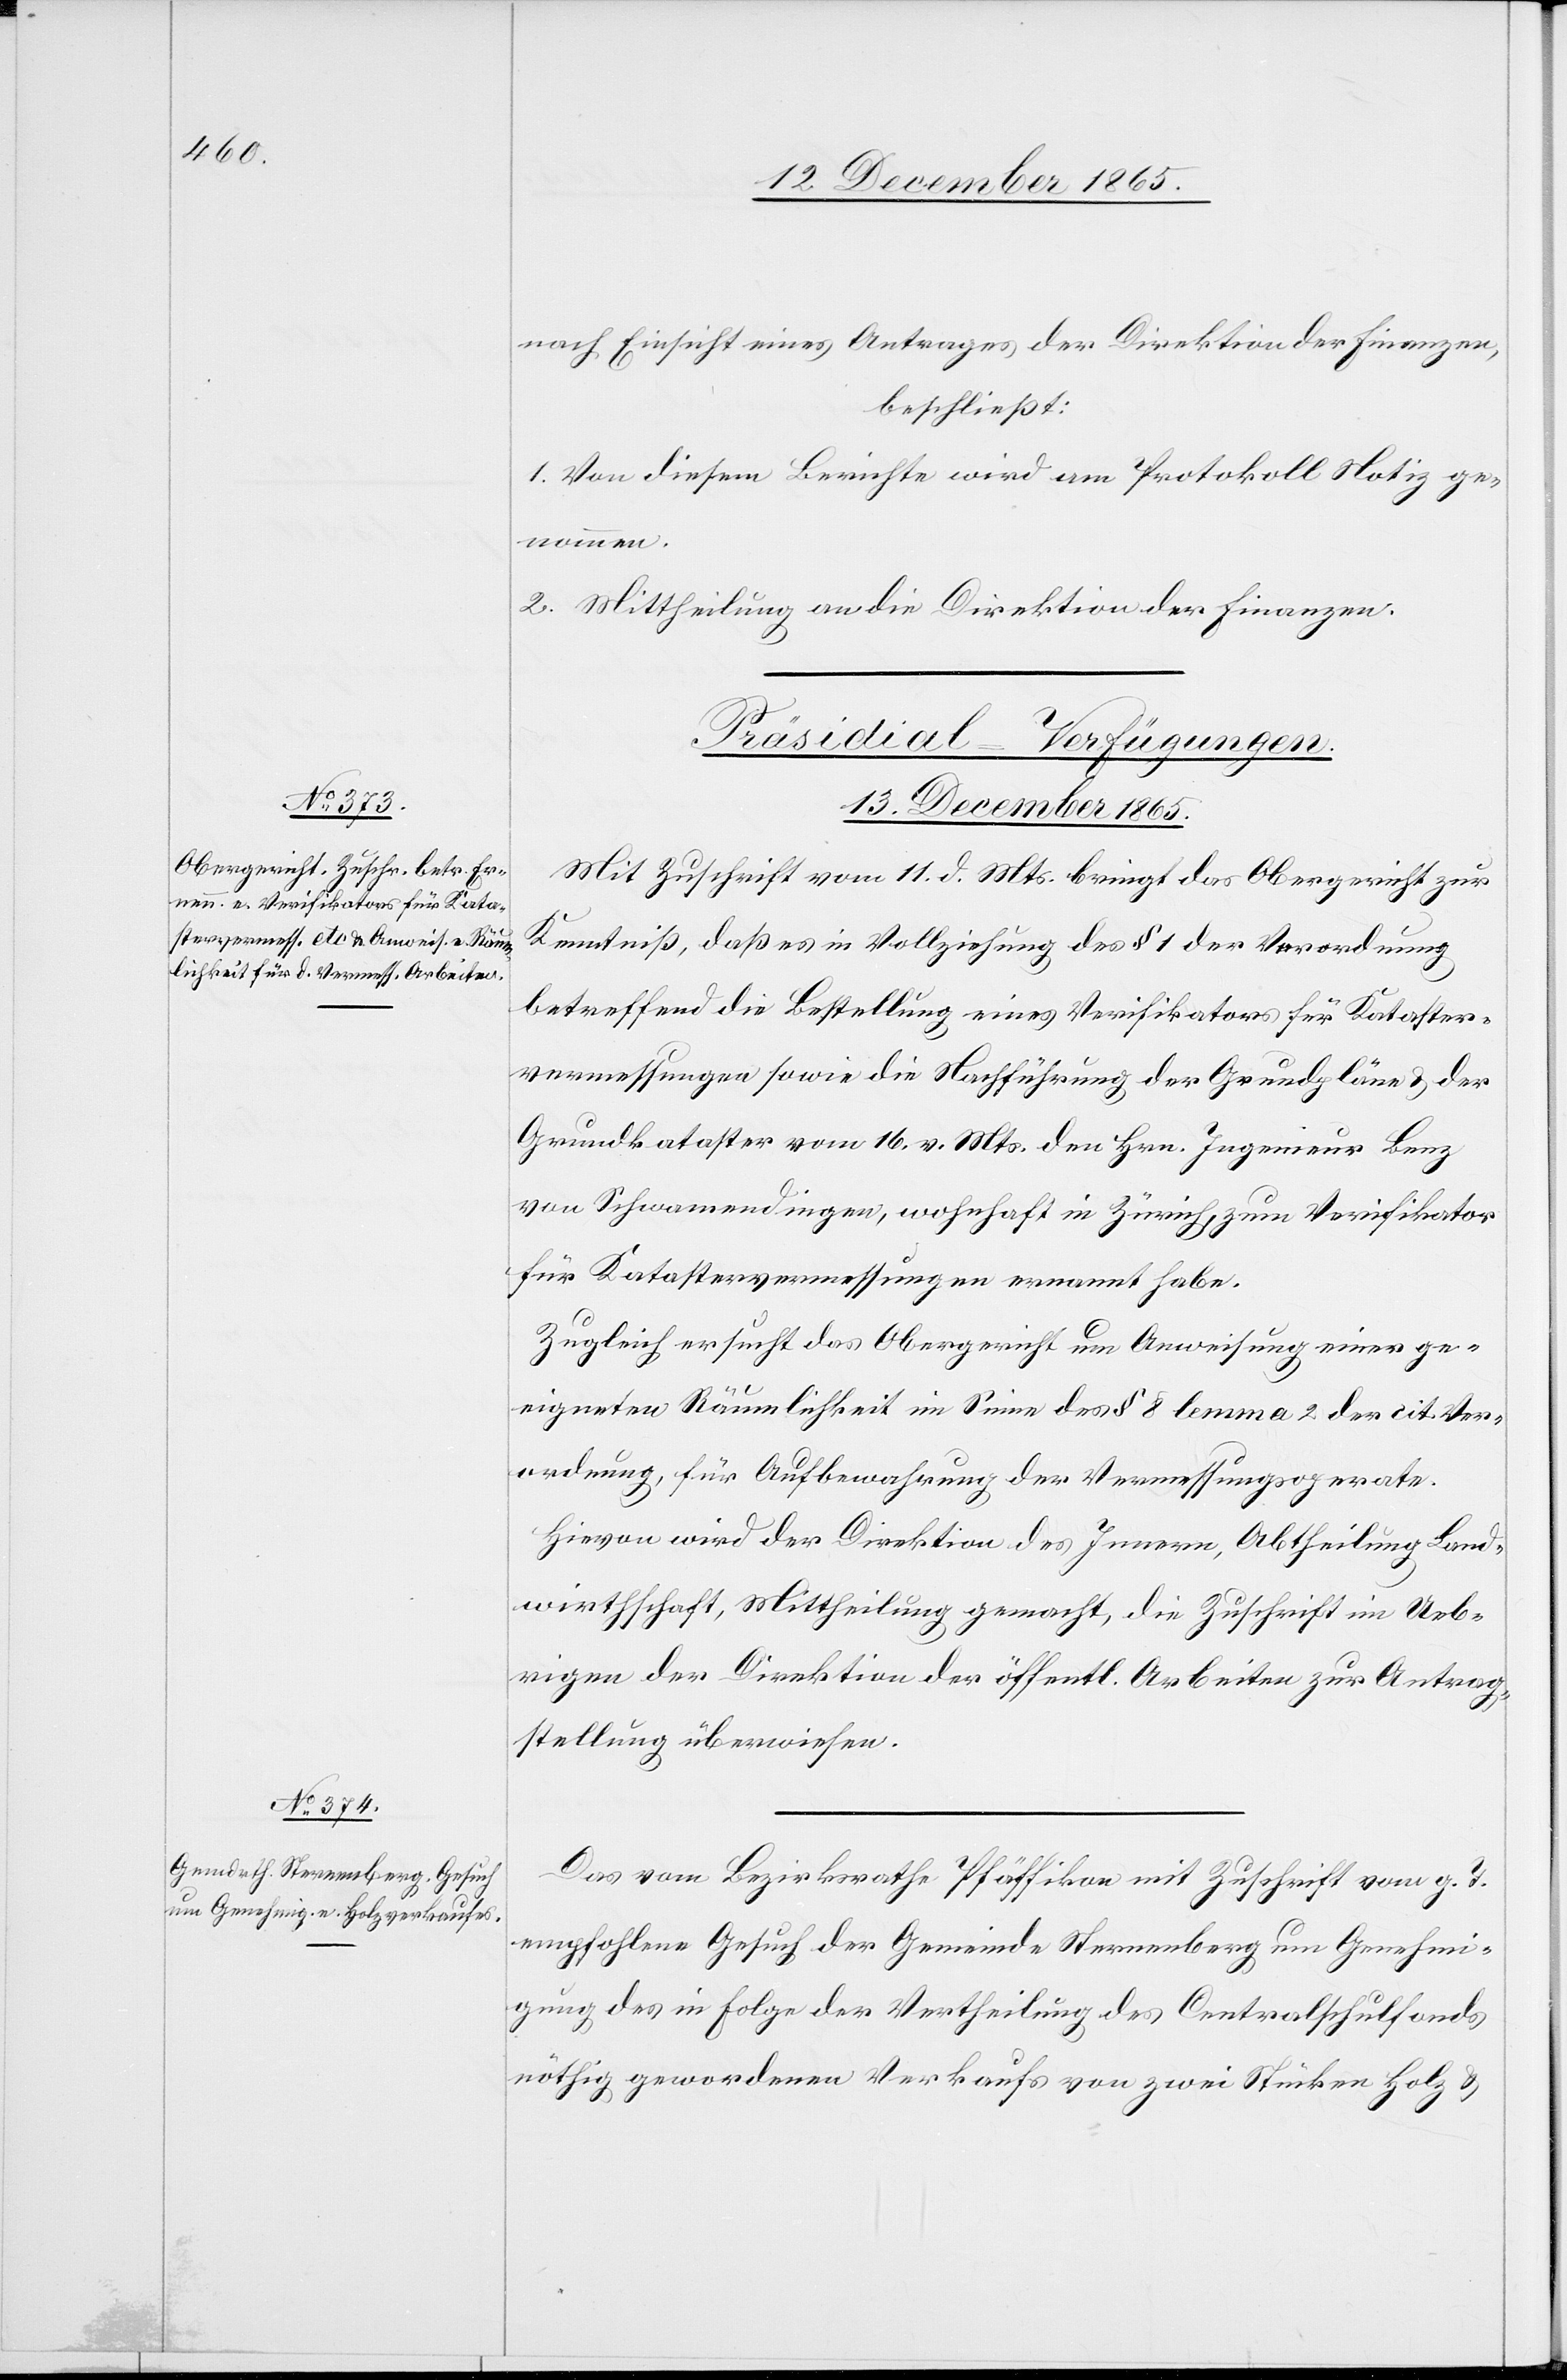
13. December 1865.]
nach Einsicht eines Antrages der Direktion der Finanzen,
beschließt:
1. Von diesem Berichte wird am Protokoll Notiz ge¬
nommen.
2. Mittheilung an die Direktion der Finanzen.
[Präsidial-Verfügungen.
Mit Zuschrift vom 11. d. Mts. bringt das Obergericht zur
Kenntniß, daß es in Vollziehung des § 1 der Verordnung
betreffend die Bestellung eines Verifikators für Kataster¬
vermessungen sowie die Nachführung der Grundpläne & der
Grundkataster vom 16. v. Mts. den Hrn. Ingenieur Benz
von Schwamendingen, wohnhaft in Zürich, zum Verifikator
für Katastervermessungen ernannt habe.
Zugleich ersucht das Obergericht um Anweisung einer ge¬
eigneten Räumlichkeit im Sinne des § 8 lemma 2 der cit. Ver¬
ordnung, für Aufbewahrung der Vermessungsapparate.
Hievon wird der Direktion des Innern, Abtheilung Land¬
wirthschaft, Mittheilung gemacht, die Zuschrift im Ueb¬
rigen der Direktion der öffentl. Arbeiten zur Antrag¬
stellung überwiesen.
Das vom Bezirksrathe Pfäffikon mit Zuschrift vom g. T.
empfohlene Gesuch der Gemeinde Sternenberg um Genehmi¬
gung des in Folge der Vertheilung des Centralschulfonds
nöthig gewordenen Verkaufs von zwei Stücken Holz &